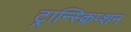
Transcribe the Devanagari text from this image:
ट्रान्स्क्रिप्शन